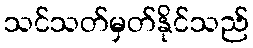
သင်သတ်မှတ်နိုင်သည်